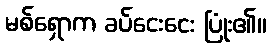
မစ်ရှောက ခပ်ငေးငေး ပြုံး၏။